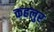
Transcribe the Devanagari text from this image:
कहलुर